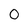
Character: 0